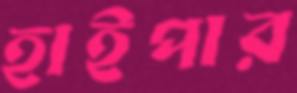
হাইপার